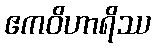
ဧကဝိဟာရိဿ